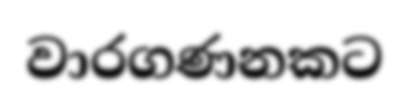
වාරගණනකට